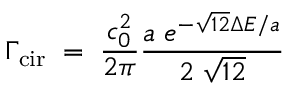
\Gamma _ { \mathrm { c i r } } \; = \; \frac { c _ { 0 } ^ { 2 } } { 2 \pi } \frac { a \; e ^ { - \sqrt { 1 2 } \Delta E / a } } { 2 \; \sqrt { 1 2 } }